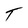
Character: T